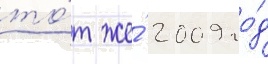
то́т же́ 2009 го́д